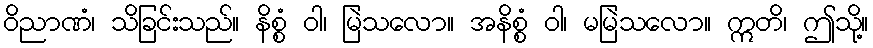
ဝိညာဏံ၊ သိခြင်းသည်။ နိစ္စံ ဝါ၊ မြဲသလော။ အနိစ္စံ ဝါ၊ မမြဲသလော။ ဣတိ၊ ဤသို့။